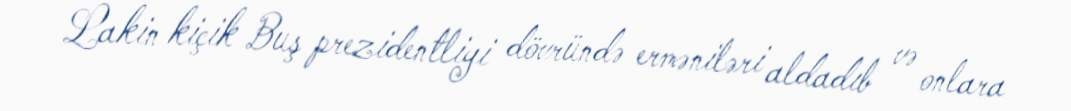
Lakin kiçik Buş prezidentliyi dövründə erməniləri aldadıb və onlara